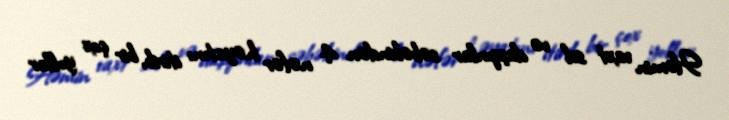
Həmin vaxt sel və daşqınlar səbəbindən 4 nəfər həyatını itirib, bir çox yollar